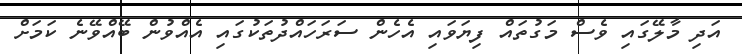
އަދި މާލޭގައި ވެސް މަގުތައް ފިޔަވައި އެހެން ސަރަހައްދުތަކުގައި އެއްވުން ބޭއްވޭނެ ކަމަށް